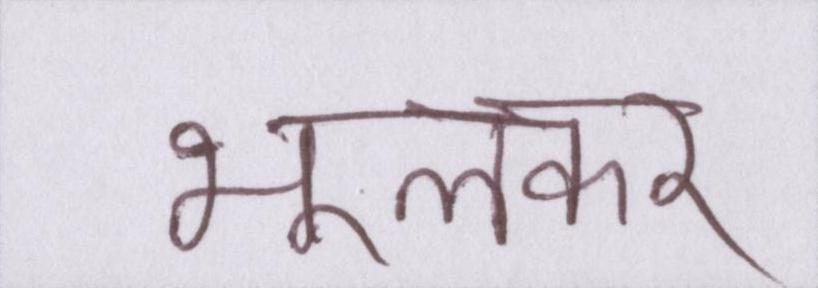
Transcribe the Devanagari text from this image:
भूलकर